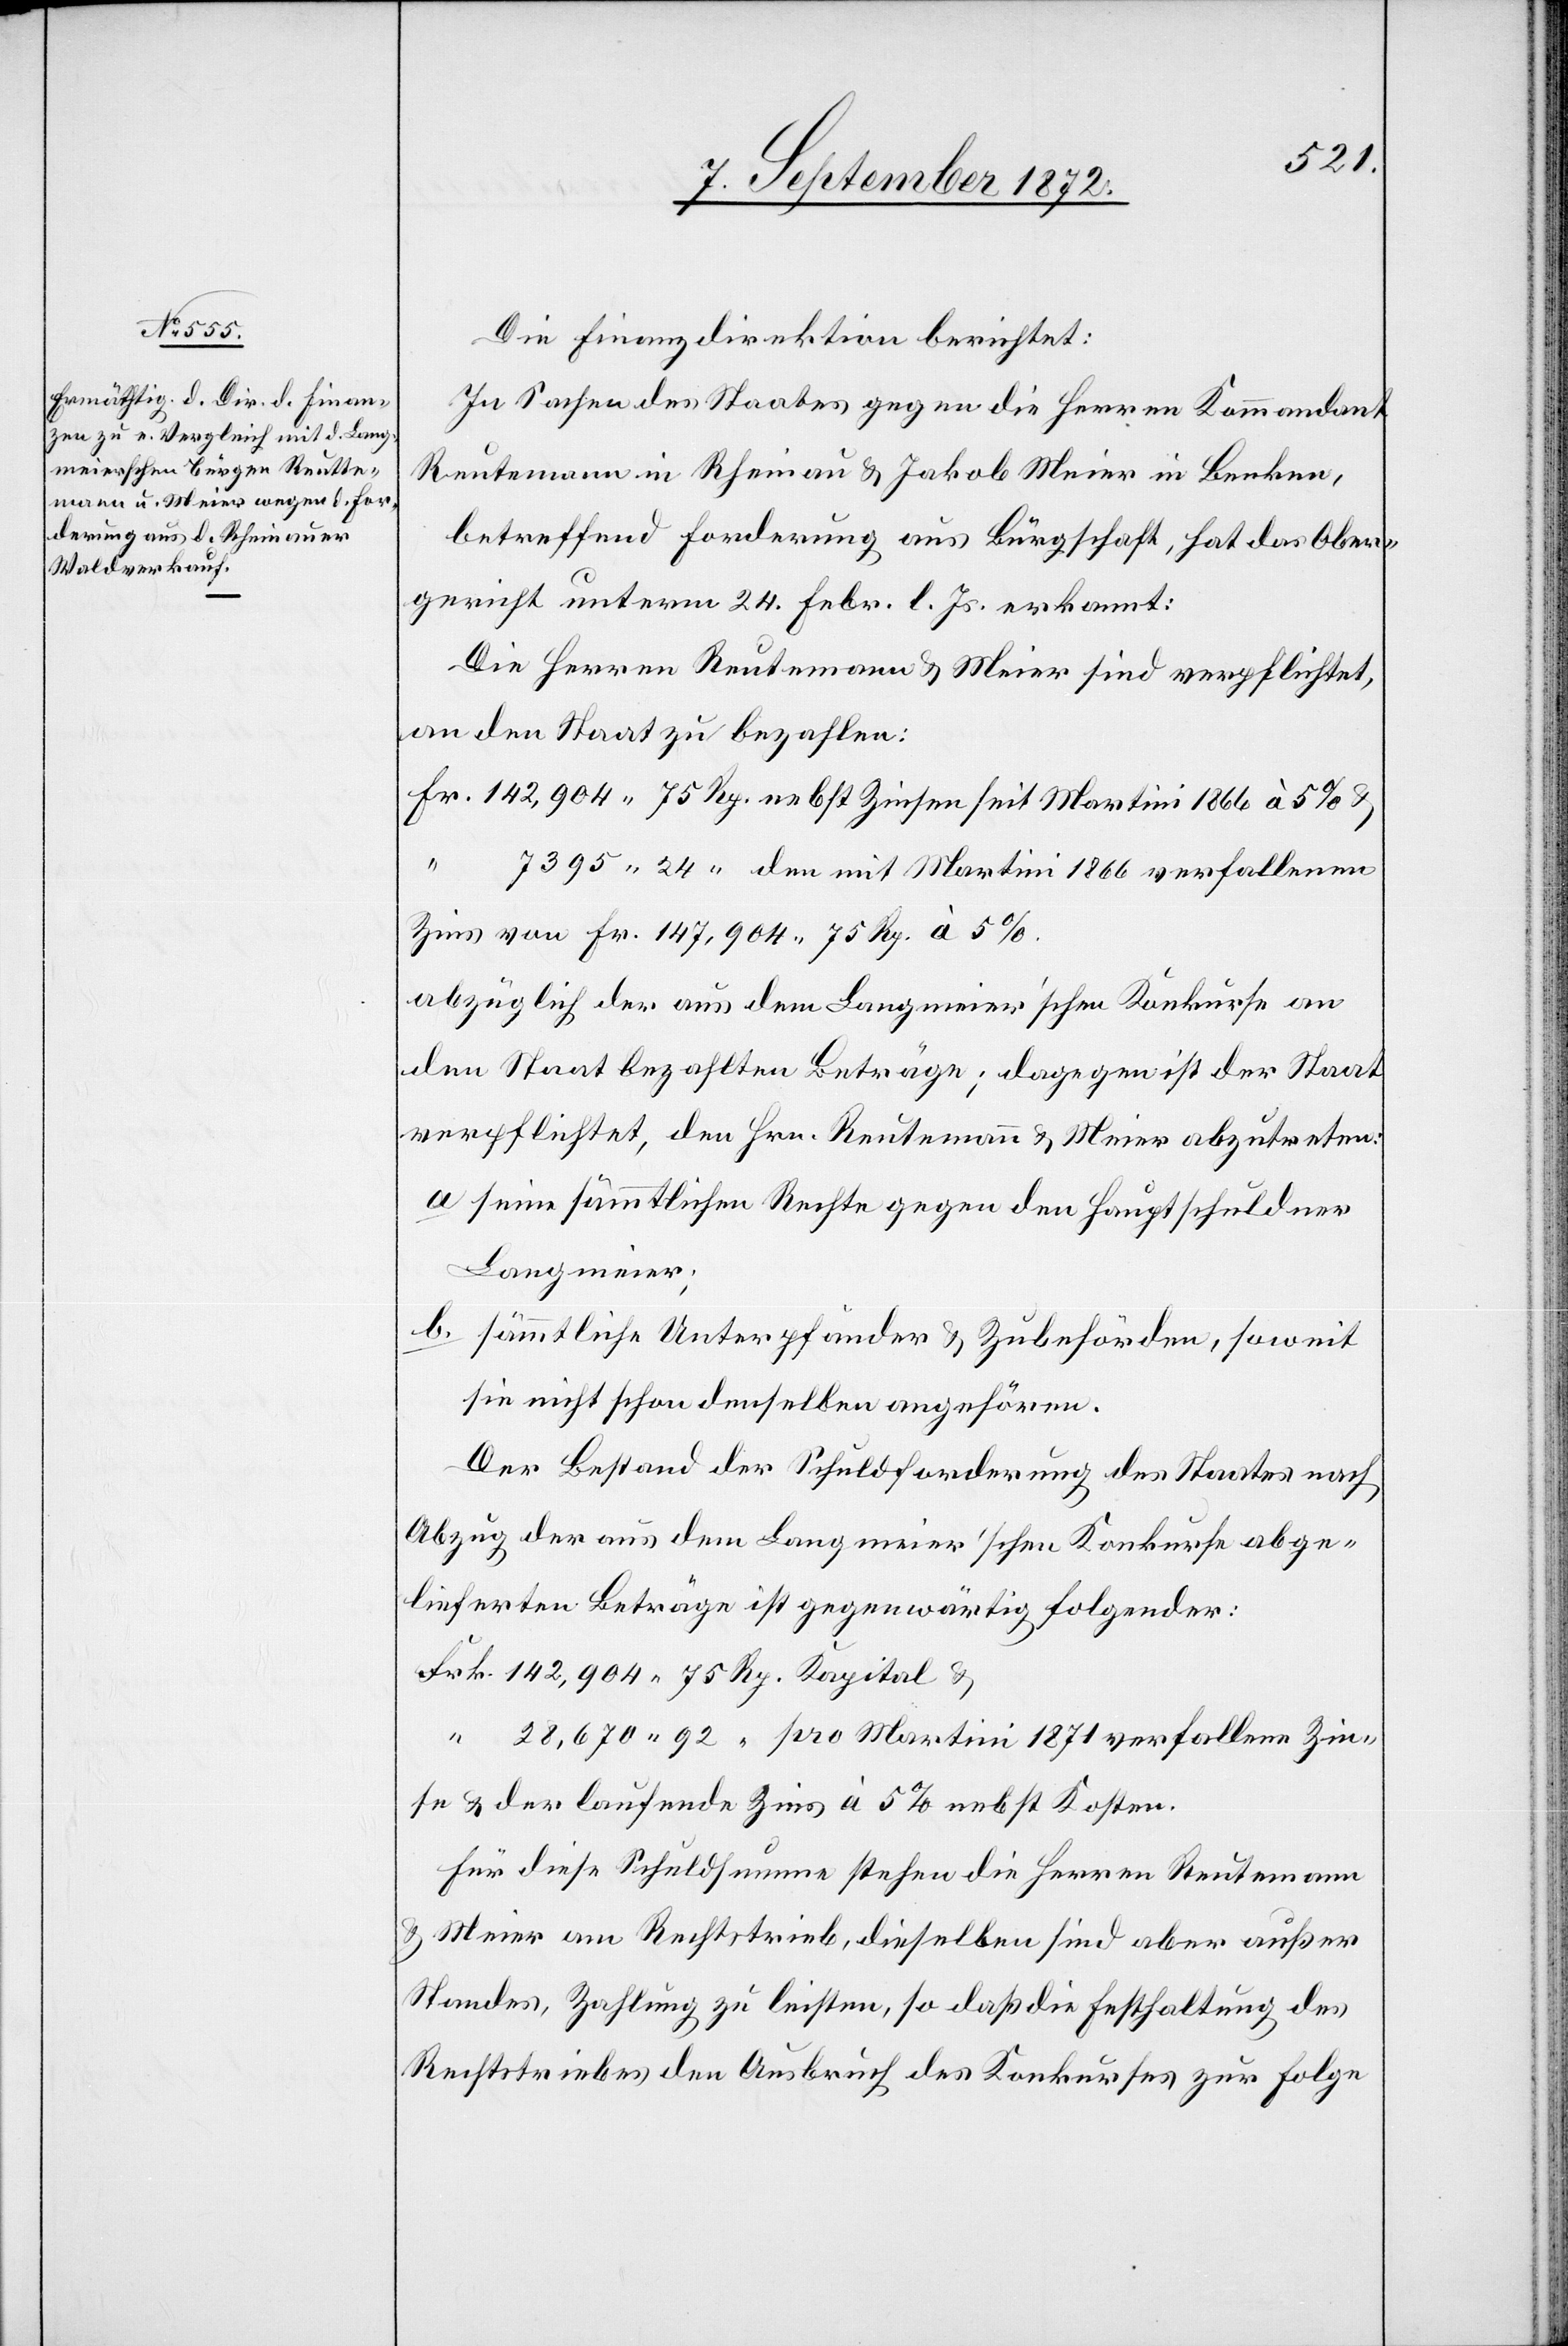
Die Finanzdirektion berichtet:
In Sachen des Staates gegen die Herren Kommandant
Reutemann in Rheinau u. Jakob Meier in Benken,
betreffend Forderung aus Bürgschaft, hat das Ober¬
gericht unterm 24. Febr. l. Js. erkannt:
Die Herren Reutemann u. Meier sind verpflichtet,
an den Staat zu bezahlen:
Zins von Fr. 147,904 75 Rp. à 5%.
abzüglich der aus dem Langmeier’schen Konkurse an
den Staat bezahlten Beträge; dagegen ist der Staat
verpflichtet, den Hrn. Reutemann u. Meier abzutreten.
seine sämmtlichen Rechte gegen den Hauptschuldner
Langmeier;
sämmtliche Unterpfänder u. Zubehörden, soweit
sie nicht schon denselben angehören.
Der Bestand der Schuldforderung der Staates nach
Abzug der aus dem Langmeier’schen Konkurse abge¬
lieferten Beträge ist gegenwärtig folgender:
Zinse u. der laufende Zins à 5% nebst Kosten.
Für diese Schuldsumme stehen die Herren Reutemann
u. Meier am Rechtstrieb, dieselben sind aber außer
Standes, Zahlung zu leisten, so daß die Festhaltung des
Rechtstriebes den Ausbruch des Konkurses zur Folge